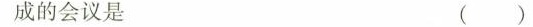
成的会议是 ()